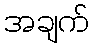
အချက်